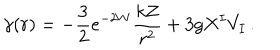
\gamma ( r ) = - \frac 3 2 e ^ { - 2 W } \frac { k Z } { r ^ { 2 } } + 3 g X ^ { I } V _ { I } \, .